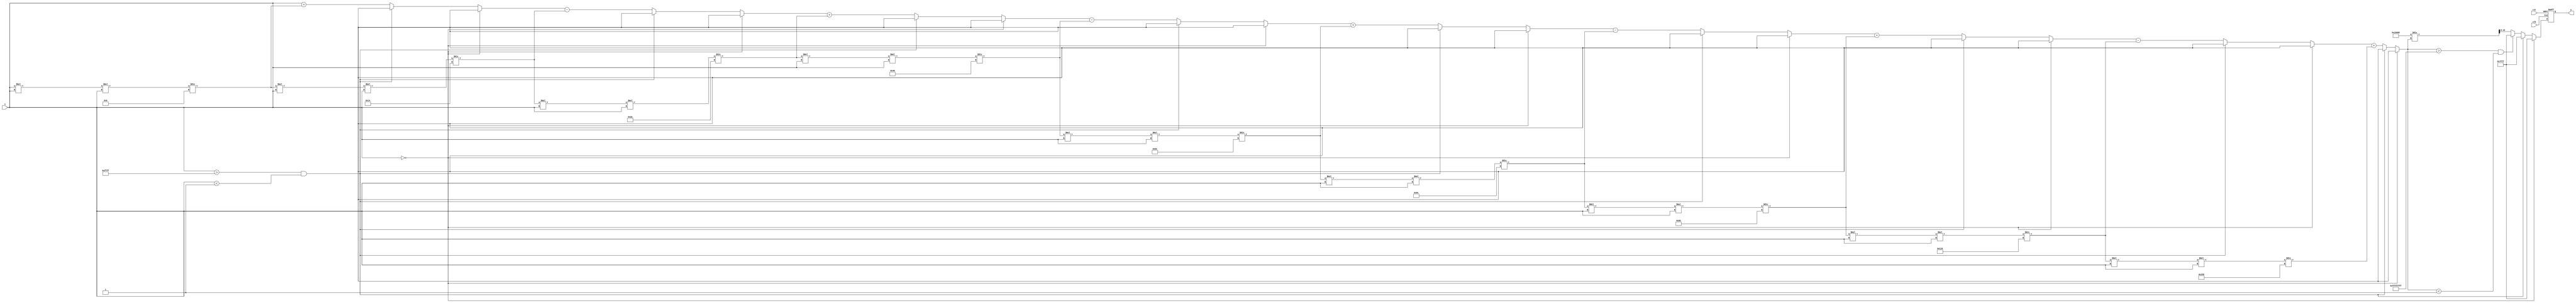
module csch (
    input  wire signed [15:0] x,      // Input value (fixed-point representation)
    output reg  signed [15:0] y,      // Output value (csch(x))
    input  wire clk,                   // Clock signal
    input  wire rst                    // Reset signal
);

    // Parameters
    parameter WIDTH = 16;              // Bit-width for input and output
    parameter LARGE_VALUE = 16'h7FFF;  // Large value to represent infinity
    parameter ZERO_THRESHOLD = 16'h0001; // Threshold for treating x as zero

    // Internal signals
    reg signed [31:0] sinh_x;          // Internal variable for sinh(x)
    reg signed [31:0] csch_x;          // Internal variable for csch(x)

    // Compute sinh(x) using Taylor series approximation
    function signed [31:0] sinh;
        input signed [15:0] x;
        reg signed [31:0] result;
        reg signed [31:0] term;
        integer i;
        begin
            result = x; // First term: x
            term = x;   // Initialize term for the series
            for (i = 1; i < 10; i = i + 1) begin // 10 terms for approximation
                term = (term * x * x) / (2 * i * (2 * i + 1)); // (x^2n)/(2n)!
                if (i % 2 == 1) // Add odd terms
                    result = result + term;
                else // Subtract even terms
                    result = result - term;
            end
            sinh = result;
        end
    endfunction

    // Compute csch(x) in always block
    always @(posedge clk or posedge rst) begin
        if (rst) begin
            y <= 0;
        end else begin
            // Handle special case for x = 0
            if (x == 0) begin
                y <= LARGE_VALUE; // Output infinity for csch(0)
            end else if (x > -ZERO_THRESHOLD && x < ZERO_THRESHOLD) begin
                y <= LARGE_VALUE; // Output infinity for small values near zero
            end else begin
                // Compute sinh(x)
                sinh_x = sinh(x);
                
                // Handle case where sinh(x) is very small
                if (sinh_x > -ZERO_THRESHOLD && sinh_x < ZERO_THRESHOLD) begin
                    y <= LARGE_VALUE; // Output infinity for csch(x) when sinh(x) is near zero
                end else begin
                    // Compute csch(x) = 1 / sinh(x)
                    csch_x = (1 << WIDTH) / sinh_x; // Fixed-point division
                    y <= csch_x[WIDTH-1:0]; // Assign output, truncating to output width
                end
            end
        end
    end

endmodule